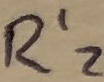
Text: R'Z